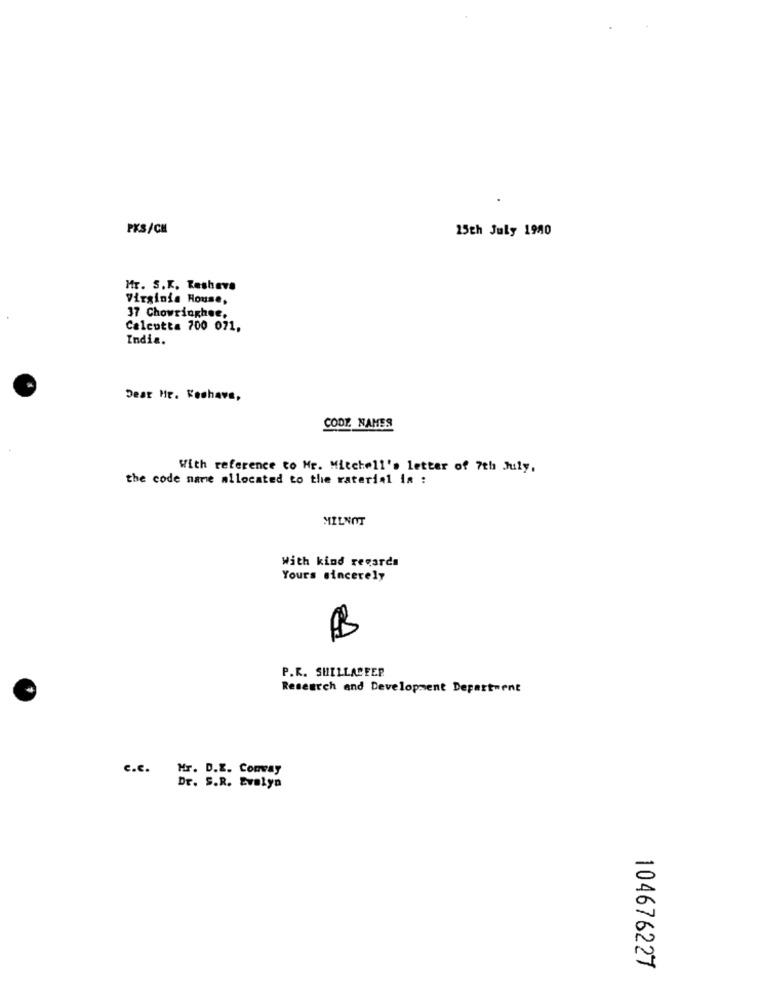
PKS/CM
15th July 1980
Mr. S.K. Reshave
Virginia House,
37 Chowringhee.
Calcutta 700 071,
India.
Dear Mr. Keshave,
CODE. NAMES
With reference to Mr. Mitchell's letter of 7th July,
the code name allocated to the raterial in :
MILNOT
With kind regards
Yours sincerely
P.R. SHELLACEER
Research and Development Department
c.c. Mr. D.E. Conway
Dr. S.R. Evalya
104676227